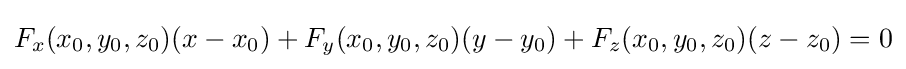
F_{x}(x_{0},y_{0},z_{0})(x-x_{0})+F_{y}(x_{0},y_{0},z_{0})(y-y_{0})+F_{z}(x_{0},y_{0},z_{0})(z-z_{0})=0